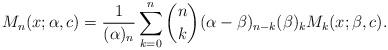
LaTeX: \begin{align*} M_{n}(x;\alpha,c)=\frac{1}{(\alpha)_n}\sum_{k=0}^{n}\binom{n}{k}(\alpha-\beta)_{n-k}(\beta)_kM_k(x;\beta,c).\end{align*}